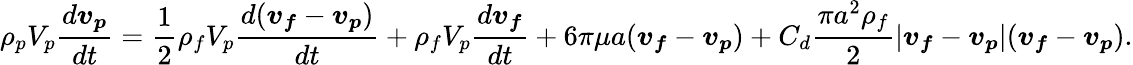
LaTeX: \rho_{p}V_{p}\frac{d\boldsymbol{v_{p}}}{dt}=\frac{1}{2}\rho_{f}V_{p}\frac{d(\boldsymbol{v_{f}}-\boldsymbol{v_{p}})}{dt}+\rho_{f}V_{p}\frac{d\boldsymbol{v_{f}}}{dt}+6\pi\mu a(\boldsymbol{v_{f}}-\boldsymbol{v_{p}})+C_{d}\frac{\pi a^{2}\rho_{f}}{2}|\boldsymbol{v_{f}}-\boldsymbol{v_{p}}|(\boldsymbol{v_{f}}-\boldsymbol{v_{p}}).